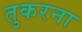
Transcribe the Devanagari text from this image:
तुकरना